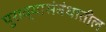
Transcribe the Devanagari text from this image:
पुराव्यासंबंधातील